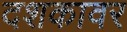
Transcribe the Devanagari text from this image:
दशकावर